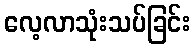
လေ့လာသုံးသပ်ခြင်း